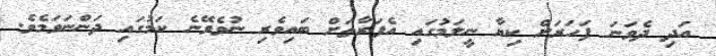
އަދި ދެވަނަ ފަހަރަށް ކިޔާ ނީލަމުގައި އެފަރާތަށް ބައިވެރި ނުވެވޭނެ ކަމުގައި ދަންނަވަމެވެ.